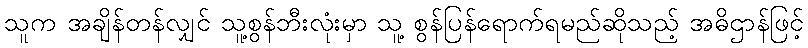
သူက အချိန်တန်လျှင် သူ့စွန်ဘီးလုံးမှာ သူ့ စွန်ပြန်ရောက်ရမည်ဆိုသည့် အဓိဌာန်ဖြင့်